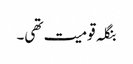
بنگلہ قومیت تھی۔